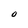
Character: O